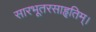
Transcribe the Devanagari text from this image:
सारभूतरसाहृतिम्।